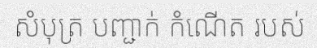
សំបុត្រ បញ្ជាក់ កំណើត របស់